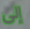
إلى